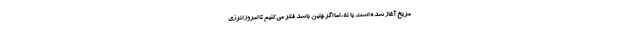
مریخ آغاز شده است یا نه، اما اگر چنین باشد فکر می‌کنیم تا امروز انرژی